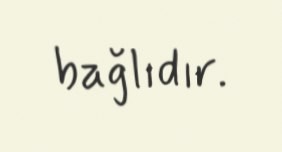
bağlıdır.